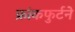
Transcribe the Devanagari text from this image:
फ्रांकफुर्टने